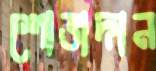
শোভাদান